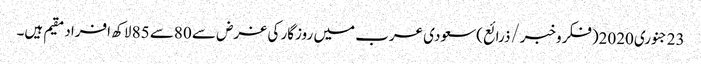
23جنوری2020(فکروخبر/ذرائع)سعودی عرب میں روزگار کی غرض سے 80سے 85 لاکھ افراد مقیم ہیں۔